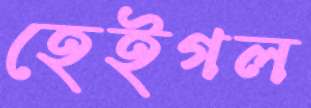
হেইগল